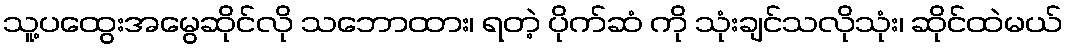
သူ့ပထွေးအမွေဆိုင်လို သဘောထား၊ ရတဲ့ ပိုက်ဆံ ကို သုံးချင်သလိုသုံး၊ ဆိုင်ထဲမယ်